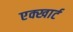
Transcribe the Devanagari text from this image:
एक्खार्ट